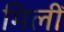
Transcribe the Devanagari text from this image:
मिलीँ